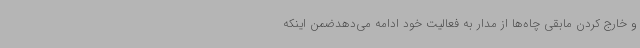
و خارج کردن مابقی چاه‌ها از مدار به فعالیت خود ادامه می‌دهدضمن اینکه